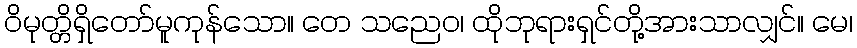
ဝိမုတ္တိရှိတော်မူကုန်သော။ တေ သညေဝ၊ ထိုဘုရားရှင်တို့အားသာလျှင်။ မေ၊